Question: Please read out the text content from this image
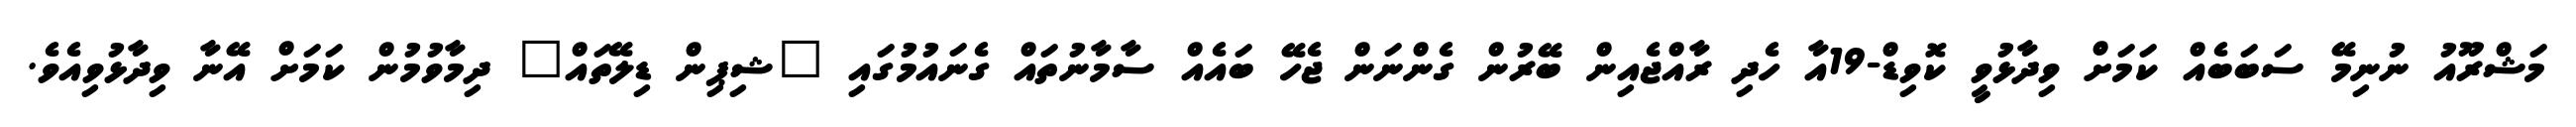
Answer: މަޝްރޫއު ނުނިމޭ ސަބަބެއް ކަމަށް ވިދާޅުވީ ކޮވިޑް-19އާ ހެދި ރާއްޖެއިން ބޭރުން ގެންނަން ޖެހޭ ބައެއް ސާމާނުތައް ގެނައުމުގައި "ޝިޕިން ޑިލޭތައް" ދިމާވުމުން ކަމަށް އޭނާ ވިދާޅުވިއެވެ.